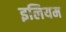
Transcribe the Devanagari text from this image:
इलियम